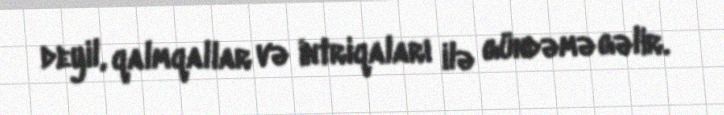
deyil, qalmqallar və intriqaları ilə gündəmə gəlir.